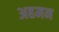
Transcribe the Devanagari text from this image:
अहमन